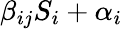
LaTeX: \beta_{ij}S_{i}+\alpha_{i}